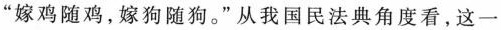
”嫁鸡随鸡，嫁狗随狗。”从我国民法典角度看，这一